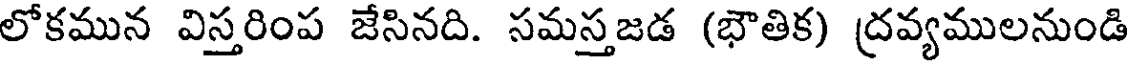
లోకమున విస్తరింప జేసినది. సమస్తజడ (భౌతిక) ద్రవ్యములనుండి